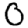
Digit: 0